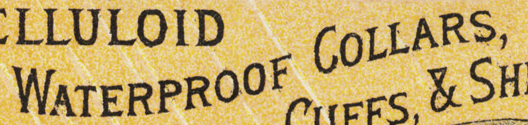
WATERPROOF COLLARS,